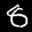
Label: 8